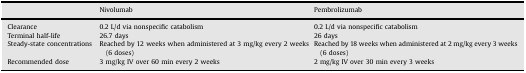
<table><thead><tr><td></td><td><b>Nivolumab</b></td><td><b>Pembrolizumab</b></td></tr></thead><tbody><tr><td>Clearance</td><td>0.2 L/d via nonspecific catabolism</td><td>0.2 L/d via nonspecific catabolism</td></tr><tr><td>Terminal half-life</td><td>26.7 days</td><td>26 days</td></tr><tr><td>Steady-state concentrations</td><td>Reached by 12 weeks when administered at 3 mg/kg every 2 weeks (6 doses)</td><td>Reached by 18 weeks when administered at 2 mg/kg every 3 weeks (6 doses)</td></tr><tr><td>Recommended dose</td><td>3 mg/kg IV over 60 min every 2 weeks</td><td>2 mg/kg IV over 30 min every 3 weeks</td></tr></tbody></table>